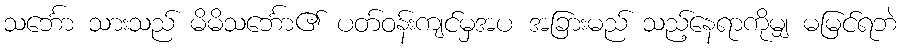
သင်္ဘော သားသည် မိမိသင်္ဘော၏ ပတ်ဝန်းကျင်မှအပ အခြားမည် သည့်နေရာကိုမျှ မမြင်ရဘဲ